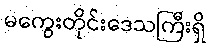
မကွေးတိုင်းဒေသကြီးရှိ